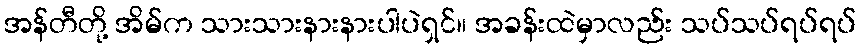
အန်တီတို့ အိမ်က သားသားနားနားပါပဲရှင်။ အခန်းထဲမှာလည်း သပ်သပ်ရပ်ရပ်